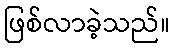
ဖြစ်လာခဲ့သည်။